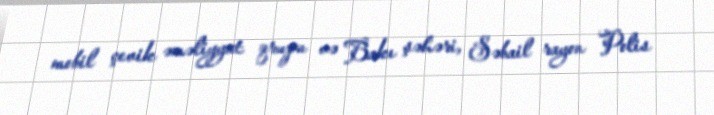
mobil çevik əməliyyat qrupu və Bakı şəhəri, Səbail rayon Polis